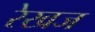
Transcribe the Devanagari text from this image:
रेखज